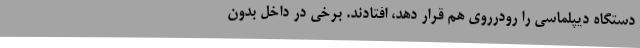
دستگاه دیپلماسی را رودرروی هم قرار دهد، افتادند. برخی در داخل بدون